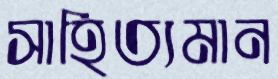
সাহিত্যমান